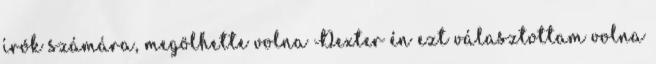
írók számára, megölhette volna Dexter én ezt választottam volna